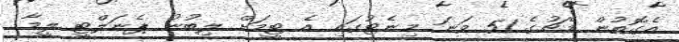
އެގޮތުން މެޗުގެ 51 ވަނަ މިނެޓުގައި އެ ޓީމަށް ލިބުނު ޕެނަލްޓީ ލީމާ